Document type: Emphyteutic lease
Year: 1295
Scribe: Pere de Noguera, prevere
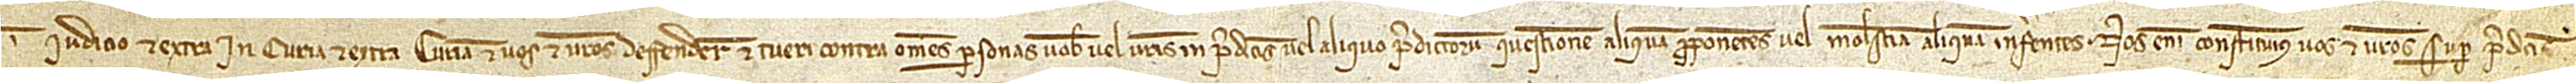
in iudicio et extra, in curia et extra curiam; et vos et vestros deffendere et tueri contra omnes personas vobis vel vestris in predictis vel aliquo predictorum questionem aliquam proponentes vel molestia aliquam inferentes. Nos enim constituimus vos et vestros super predictis